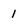
Character: 1